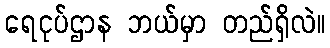
ရေငုပ်ဌာန ဘယ်မှာ တည်ရှိလဲ။